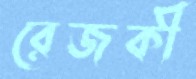
রেজকী